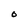
Character: O